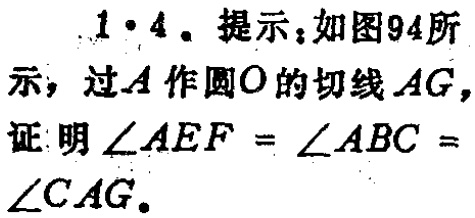
1·4. 提示：如图94所示，过\(A\)作圆\(O\)的切线\(AG\)，证明\(\angle AEF = \angle ABC = \angle CAG\)。